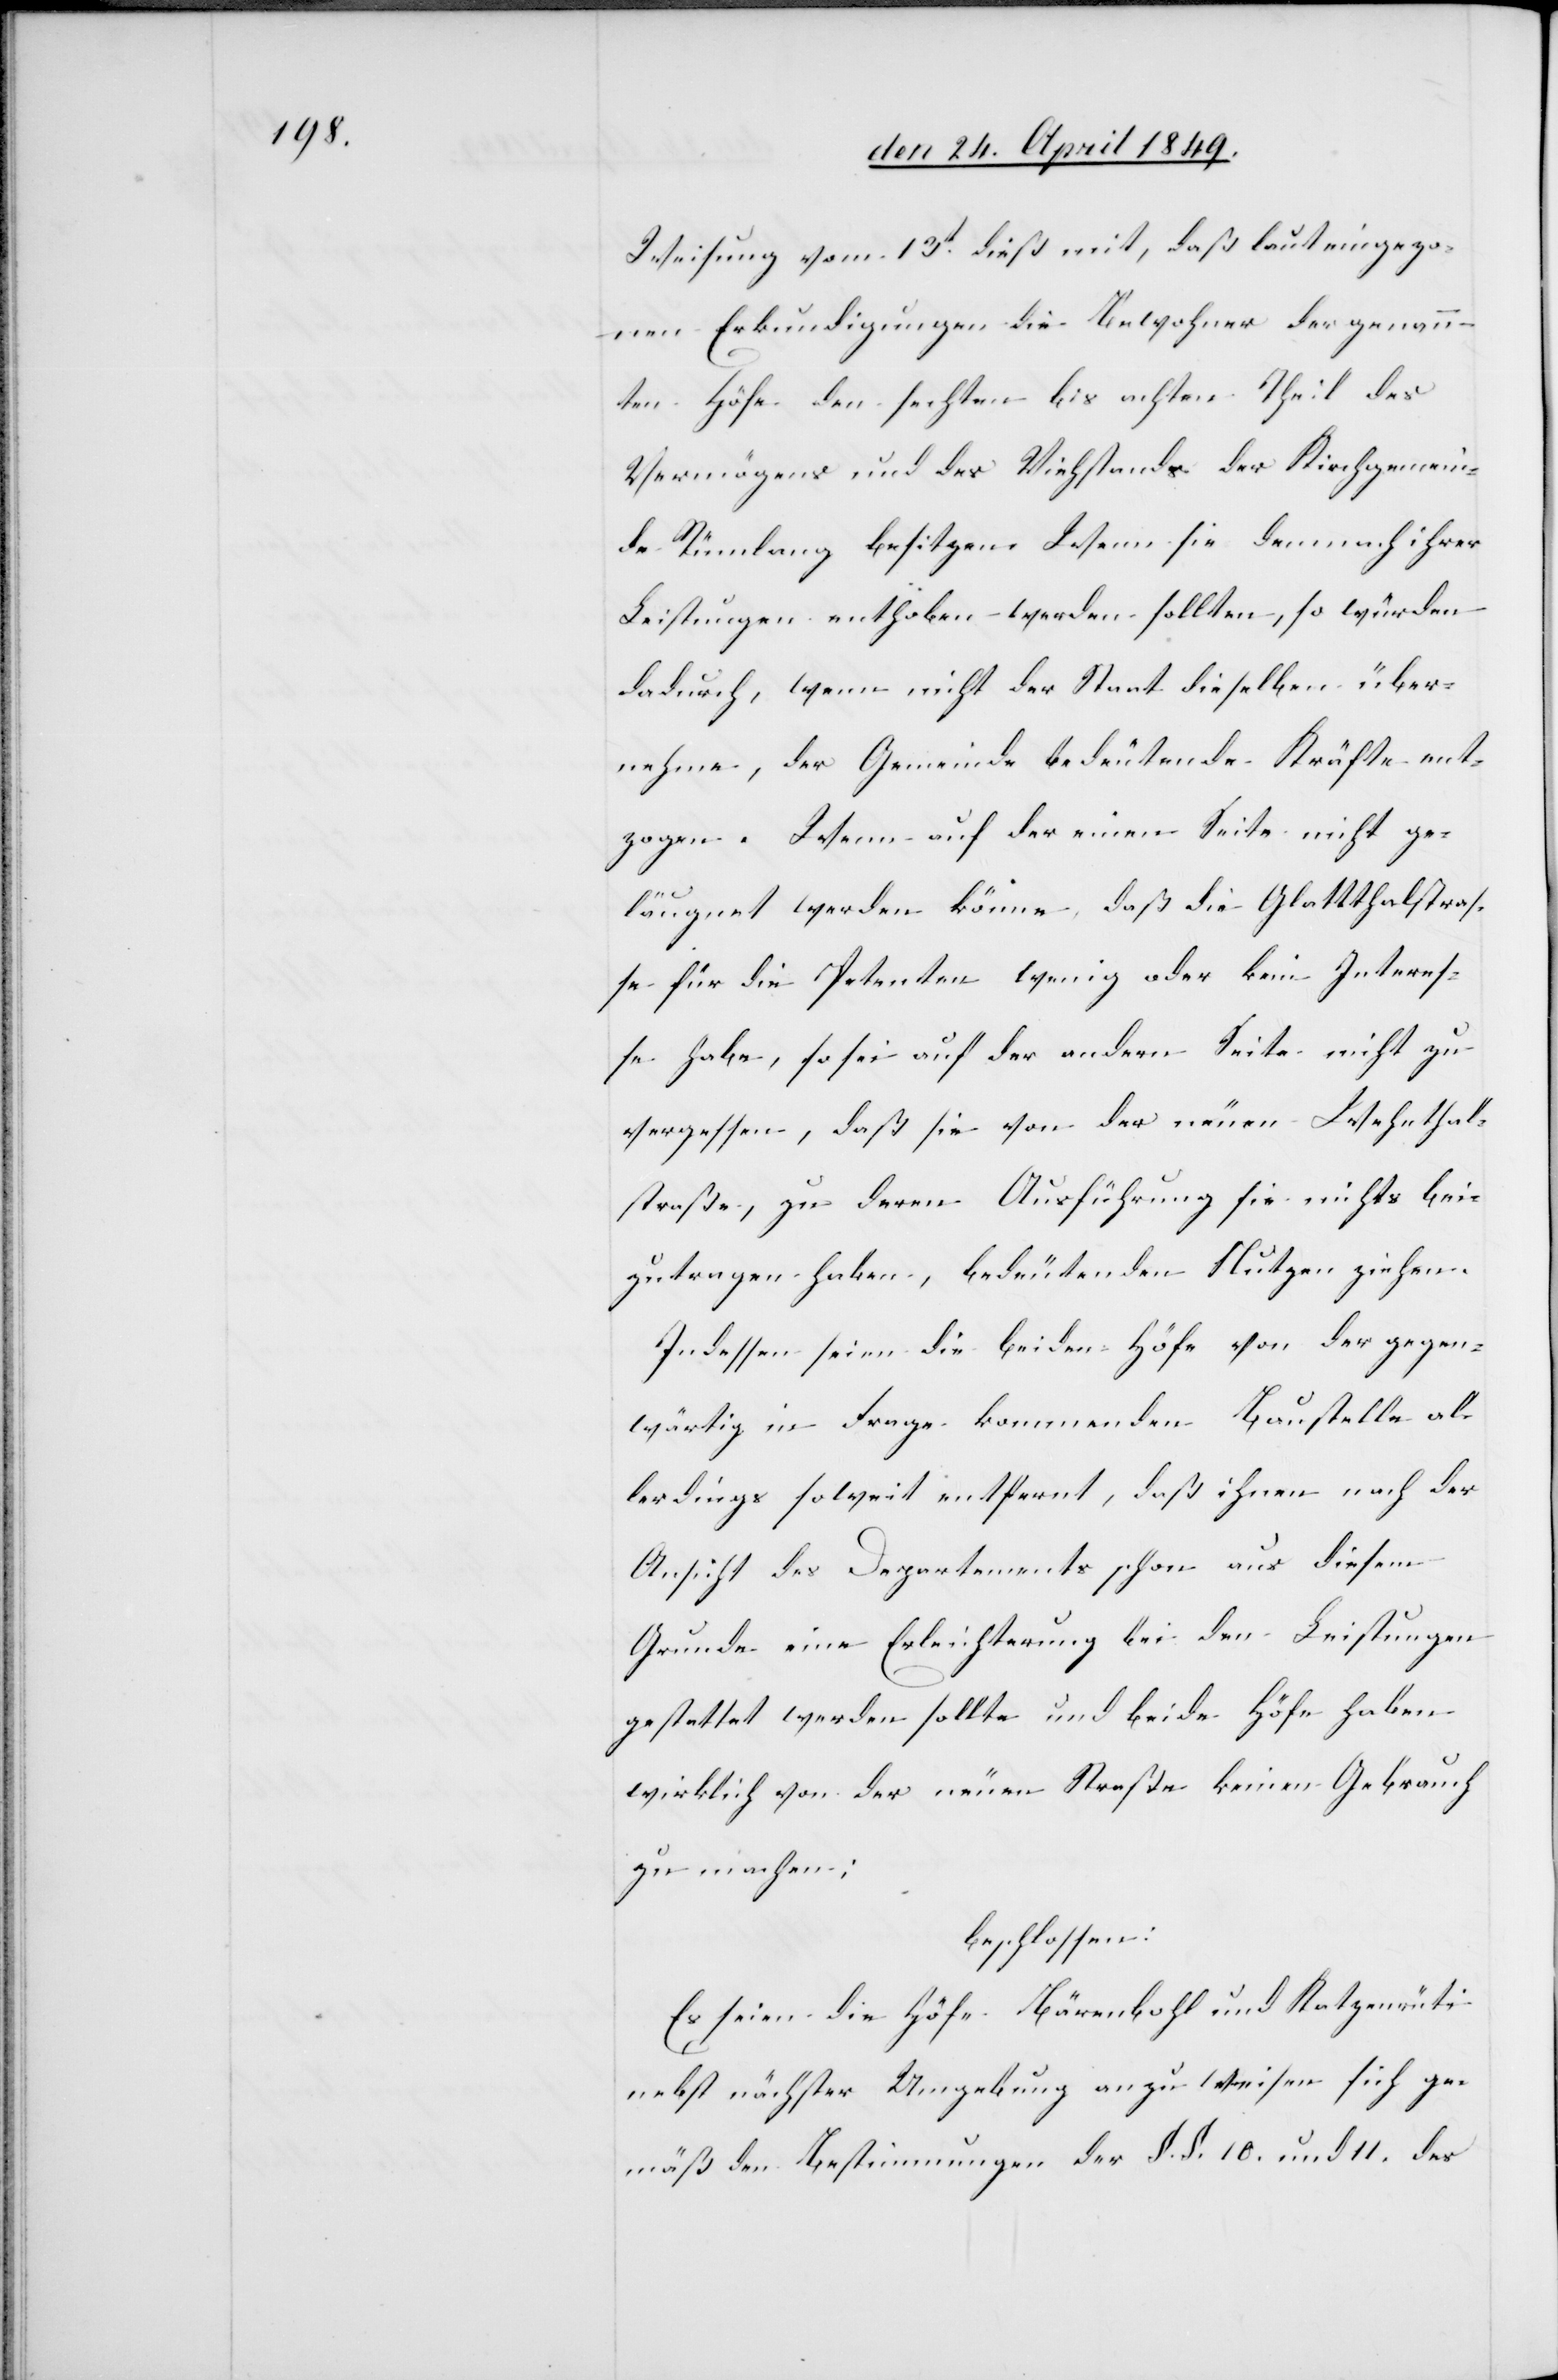
Weisung vom 13t dieß mit, daß laut eingezog¬
enen Erkundigungen die Bewohner der genann¬
ten Höfe den sech[s]ten bis achten Theil des
Vermögens und des Viehstands der Kirchgemein¬
de Rümlang besitzen. Wenn sie demnach ihrer
Leistungen enthoben werden sollten, so würden
dadurch, wenn nicht der Staat dieselben über¬
nehme, der Gemeinde bedeutende Kräfte ent¬
zogen. Wenn auf der einen Seite nicht ge¬
läugnet werden könne, daß die Glattthalstras¬
se für die Petenten wenig oder kein Interes¬
se habe, so sei auf der andern Seite nicht zu
vergessen, daß sie von der neuern Wehnthal¬
straße, zu deren Ausführung sie nichts bei¬
zutragen haben, bedeutenden Nutzen ziehen.
Indessen seien die beiden Höfe von der gegen¬
wärtig in Frage kommenden Baustelle al¬
lerdings soweit entfernt, daß ihnen nach der
Ansicht des Departements schon aus diesem
Grunde eine Erleichterung bei den Leistungen
gestattet werden sollte und beide Höfe haben
wirklich von der neuen Straße keinen Gebrauch
zu machen;
beschlossen:
Es seien die Höfe Bärenbohl und Katzenrüti
nebst nächster Umgebung anzuweisen sich ge¬
mäß den Bestimmungen der §. §. 10. und 11. des